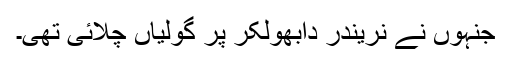
جنہوں نے نریندر دابھولکر پر گولیاں چلائی تھی۔